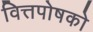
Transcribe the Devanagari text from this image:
वित्तपोषको